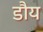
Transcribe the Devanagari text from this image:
डौय